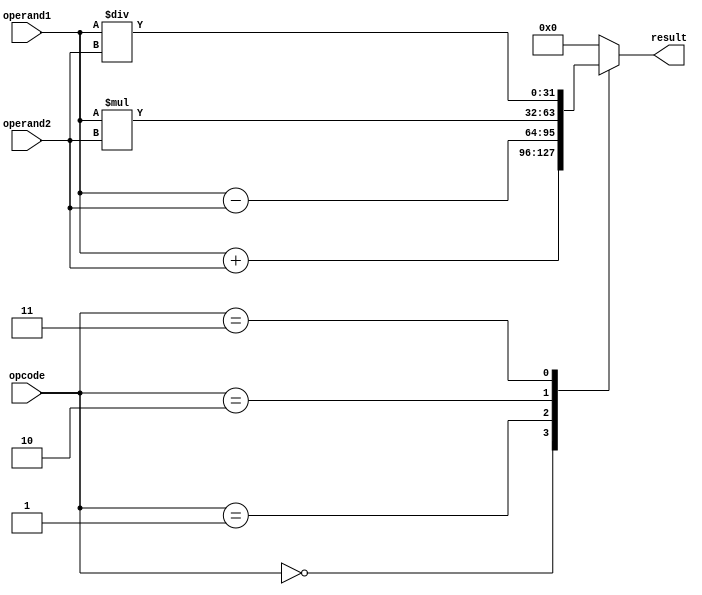
module Complex_ALU (
    input [31:0] operand1,
    input [31:0] operand2,
    input [3:0] opcode,
    output reg [31:0] result
);

reg [31:0] add_result, sub_result, mul_result, div_result;

always @ (opcode) begin
    case (opcode)
        4'b0000: result <= add_result;
        4'b0001: result <= sub_result;
        4'b0010: result <= mul_result;
        4'b0011: result <= div_result;
        default: result <= 32'h00000000;
    endcase
end

assign add_result = operand1 + operand2;
assign sub_result = operand1 - operand2;
assign mul_result = operand1 * operand2;
assign div_result = operand1 / operand2;

endmodule